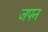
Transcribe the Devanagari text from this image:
जपन